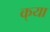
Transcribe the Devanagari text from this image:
क्‌या